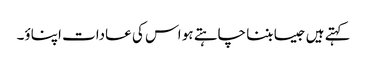
کہتے ہیں جیسا بننا چاہتے ہو اس کی عادات اپناؤ۔